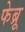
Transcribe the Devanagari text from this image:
फेब्रू